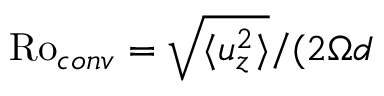
\mathrm { R o } _ { c o n v } = \sqrt { \langle u _ { z } ^ { 2 } \rangle } / ( 2 \Omega d